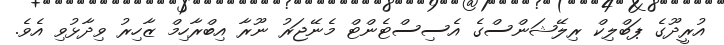
އުރީދޫގެ ޕަބްލިކް ރިލޭޝަންސްގެ އެސިސްޓެންޓް މެނޭޖަރު ނޫރާ އިބްރާހިމް ޒާހިރު ވިދާޅުވި އެވެ.